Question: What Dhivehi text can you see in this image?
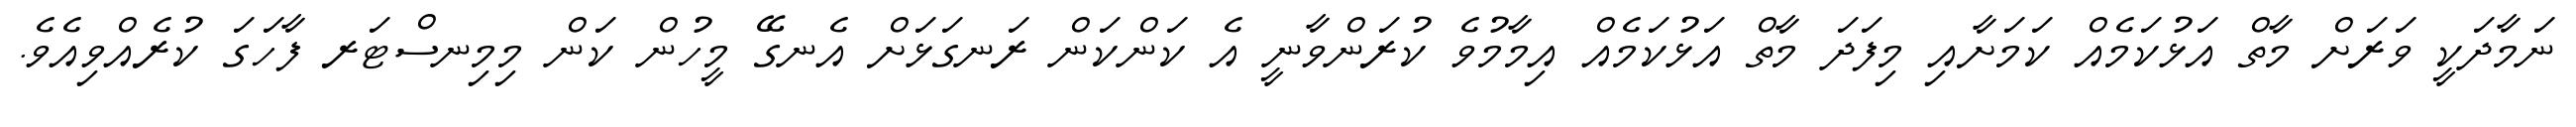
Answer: ނަމާދަކީ ވަރަށް މާތް އަޅުކަމެއް ކަމަށާއި މިފަދަ މާތް އަޅުކަމެއް އިމާމުވެ ކުރަންވާނީ އެ ކަންކަން ރަނގަޅަށް އެނގޭ މީހުން ކަން މިމިނސްޓަރ ފާހަގަ ކުރެއްވިއެވެ.